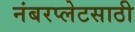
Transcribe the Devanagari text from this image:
नंबरप्लेटसाठी